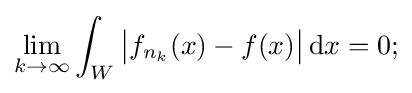
\lim _{k\to \infty }\int _{W}{\big |}f_{n_{k}}(x)-f(x){\big |}\,\mathrm {d} x=0;